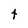
Character: 4